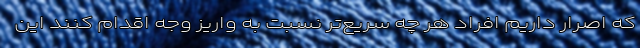
که اصرار داریم افراد هر چه سریع‌تر نسبت به واریز وجه اقدام کنند این